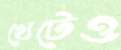
খেটেও